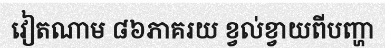
វៀតណាម ៨៦ភាគរយ ខ្វល់ខ្វាយពីបញ្ហា